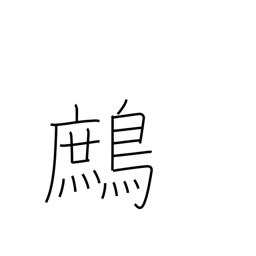
Meaning: partridge